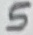
Text: 5